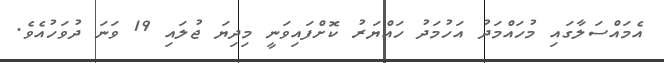
އެމައްސަލާގައި މުހައްމަދު އަހުމަދު ހައްޔަރު ކޮށްފައިވަނީ މިދިޔަ ޖުލައި 19 ވަނަ ދުވަހުއެވެ.